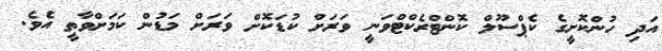
އަދި ހުންކޮށީގެ ކެޕްސޫލް ކޮންޓްރެކްޓްވަނީ ވަރަށް ކުޑަކޮށް ވަރަށް މަޑުން ކަމަށްވާތީ އެވެ.